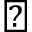
\diagdown